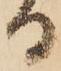
る